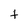
Character: t